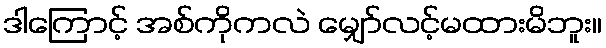
ဒါကြောင့် အစ်ကိုကလဲ မျှော်လင့်မထားမိဘူး။